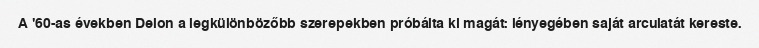
A '60-as években Delon a legkülönbözőbb szerepekben próbálta ki magát: lényegében saját arculatát kereste.